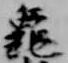
亀